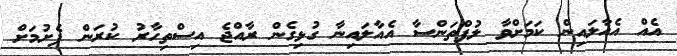
އެއް އެއާލައިން ކަމަށްވާ ލުފްތަންސާ އެއާލައިނާ ގުޅިގެން ރާއްޖެ އިސްތިހާރު ކުރަން ފެށުމަށް